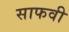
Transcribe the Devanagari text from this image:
साफवी